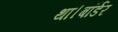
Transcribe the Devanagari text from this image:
था।बॉर्डर